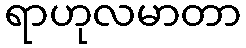
ရာဟုလမာတာ